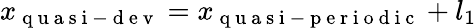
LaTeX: x_{\mathrm{~q~u~a~s~i~-~d~e~v~}}=x_{\mathrm{~q~u~a~s~i~-~p~e~r~i~o~d~i~c~}}+l_{1}